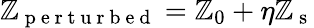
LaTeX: \mathbb{Z}_{\mathrm{{~p~e~r~t~u~r~b~e~d~}}}=\mathbb{Z}_{0}+\eta\mathbb{Z}_{\mathrm{{~s~}}}